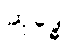
ဆုဒ္ဓေါ